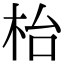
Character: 枱